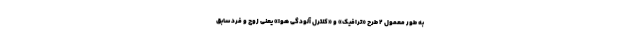
به طور معمول ۲ طرح «ترافیک» و «کنترل آلودگی هوا» یعنی زوج و فرد سابق